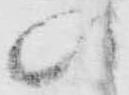
の